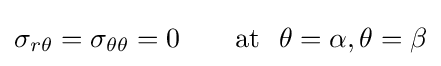
\sigma _{r\theta }=\sigma _{\theta \theta }=0\qquad {\text{at}}~~\theta =\alpha ,\theta =\beta